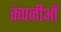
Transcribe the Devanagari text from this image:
कंपनीऑ